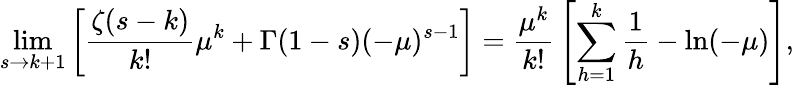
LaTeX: \operatorname*{lim}_{s\to k+1}\left[{\frac{\zeta(s-k)}{k!}}\mu^{k}+\Gamma(1-s)(-\mu)^{s-1}\right]={\frac{\mu^{k}}{k!}}\left[\sum_{h=1}^{k}{\frac{1}{h}}-\ln(-\mu)\right],